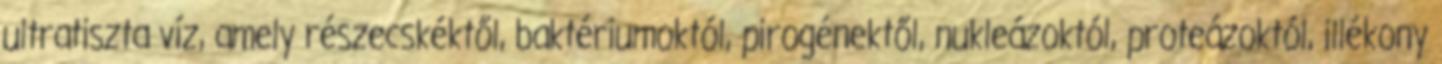
ultratiszta víz, amely részecskéktől, baktériumoktól, pirogénektől, nukleázoktól, proteázoktól, illékony